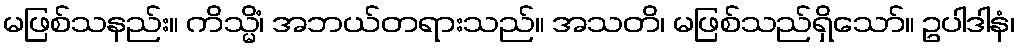
မဖြစ်သနည်း။ ကိသ္မိံ၊ အဘယ်တရားသည်။ အသတိ၊ မဖြစ်သည်ရှိသော်။ ဥပါဒါနံ၊